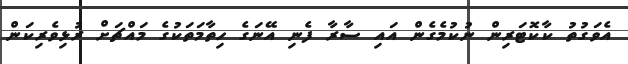
އެވަގުތު ކާކޮޓަރިން ނުކުމެގެން އައި ސާރާ ފެނި އޭނަގެ ހިތާމަތަކުގެ މައްޗަށް ރުޅިވެރިކަން